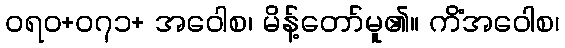
ဝရဝ+၀၇၁+ အဝေါစ၊ မိန့်တော်မူ၏။ ကိံအဝေါစ၊